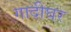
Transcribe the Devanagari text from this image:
गादीघर